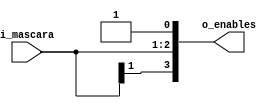
`timescale 1ns / 1ps
//////////////////////////////////////////////////////////////////////////////////
// Company: 
// Engineer: 
// 
// Design Name: 
// Module Name: mask_a_byte
// Project Name: 
// Target Devices: 
// Tool Versions: 
// Description: 
// 
// Dependencies: 
// 
// Revision:
// Revision 0.01 - File Created
// Additional Comments:
// 
//////////////////////////////////////////////////////////////////////////////////


module mask_a_byte
#(
    parameter NUM_BYTES  = 4,
    parameter TAM_MASK = $clog2(NUM_BYTES)
 )
 (
    input   [TAM_MASK-1 : 0]      i_mascara,
    output  [NUM_BYTES-1 : 0]     o_enables
 );

assign o_enables[3:2]   =   {i_mascara[1], i_mascara[1]};
assign o_enables[1]     =   i_mascara[0];
assign o_enables[0]     =   1'b1;

endmodule